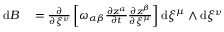
\begin{array} { r l } { \mathrm { d } B } & { { } = \frac { \partial } { \partial \xi ^ { \nu } } \left[ \omega _ { \alpha \beta } \frac { \partial z ^ { \alpha } } { \partial t } \frac { \partial z ^ { \beta } } { \partial \xi ^ { \mu } } \right] \mathrm { d } \xi ^ { \mu } \wedge \mathrm { d } \xi ^ { \nu } } \end{array}